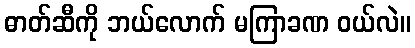
ဓာတ်ဆီကို ဘယ်လောက် မကြာခဏ ဝယ်လဲ။